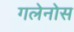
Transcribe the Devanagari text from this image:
गलेनोस